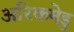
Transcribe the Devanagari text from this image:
अरिकमेडु